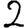
Digit: 2